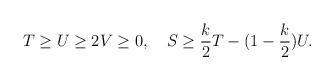
LaTeX: \begin{align*}T\geq U\geq 2V\geq0,\quad S\geq {k\over 2}T-(1-{k\over 2})U.\end{align*}